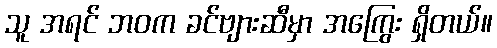
သူ အရင် ဘဝက ခင်ဗျားဆီမှာ အကြွေး ရှိတယ်။